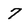
Character: 7